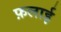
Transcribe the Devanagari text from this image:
फ़लाई